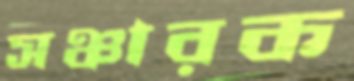
সঞ্চারক